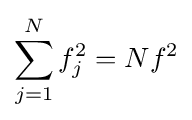
\sum _{j=1}^{N}f_{j}^{2}=Nf^{2}